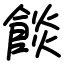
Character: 餤